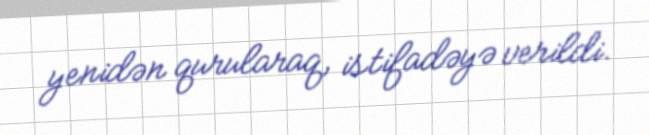
yenidən qurularaq, istifadəyə verildi.